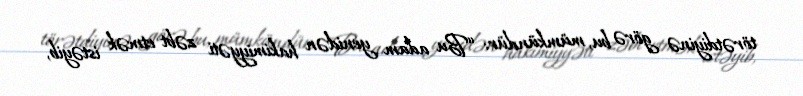
törətdiyinə görə bu, mümkündür: “Bu adam yenidən hakimiyyəti zəbt etmək istəyib,